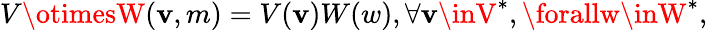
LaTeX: V\otimesW(\mathbf{v},m)=V(\mathbf{v})W(w),\forall\mathbf{v}\inV^{*},\forallw\inW^{*},